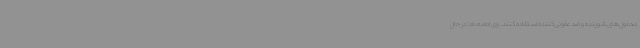
محلول‌های شوینده و ضدعفونی‌کننده استفاده کنند. وی ادامه داد: در حال